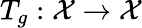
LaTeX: T_{g}:\mathcal{X}\rightarrow\mathcal{X}